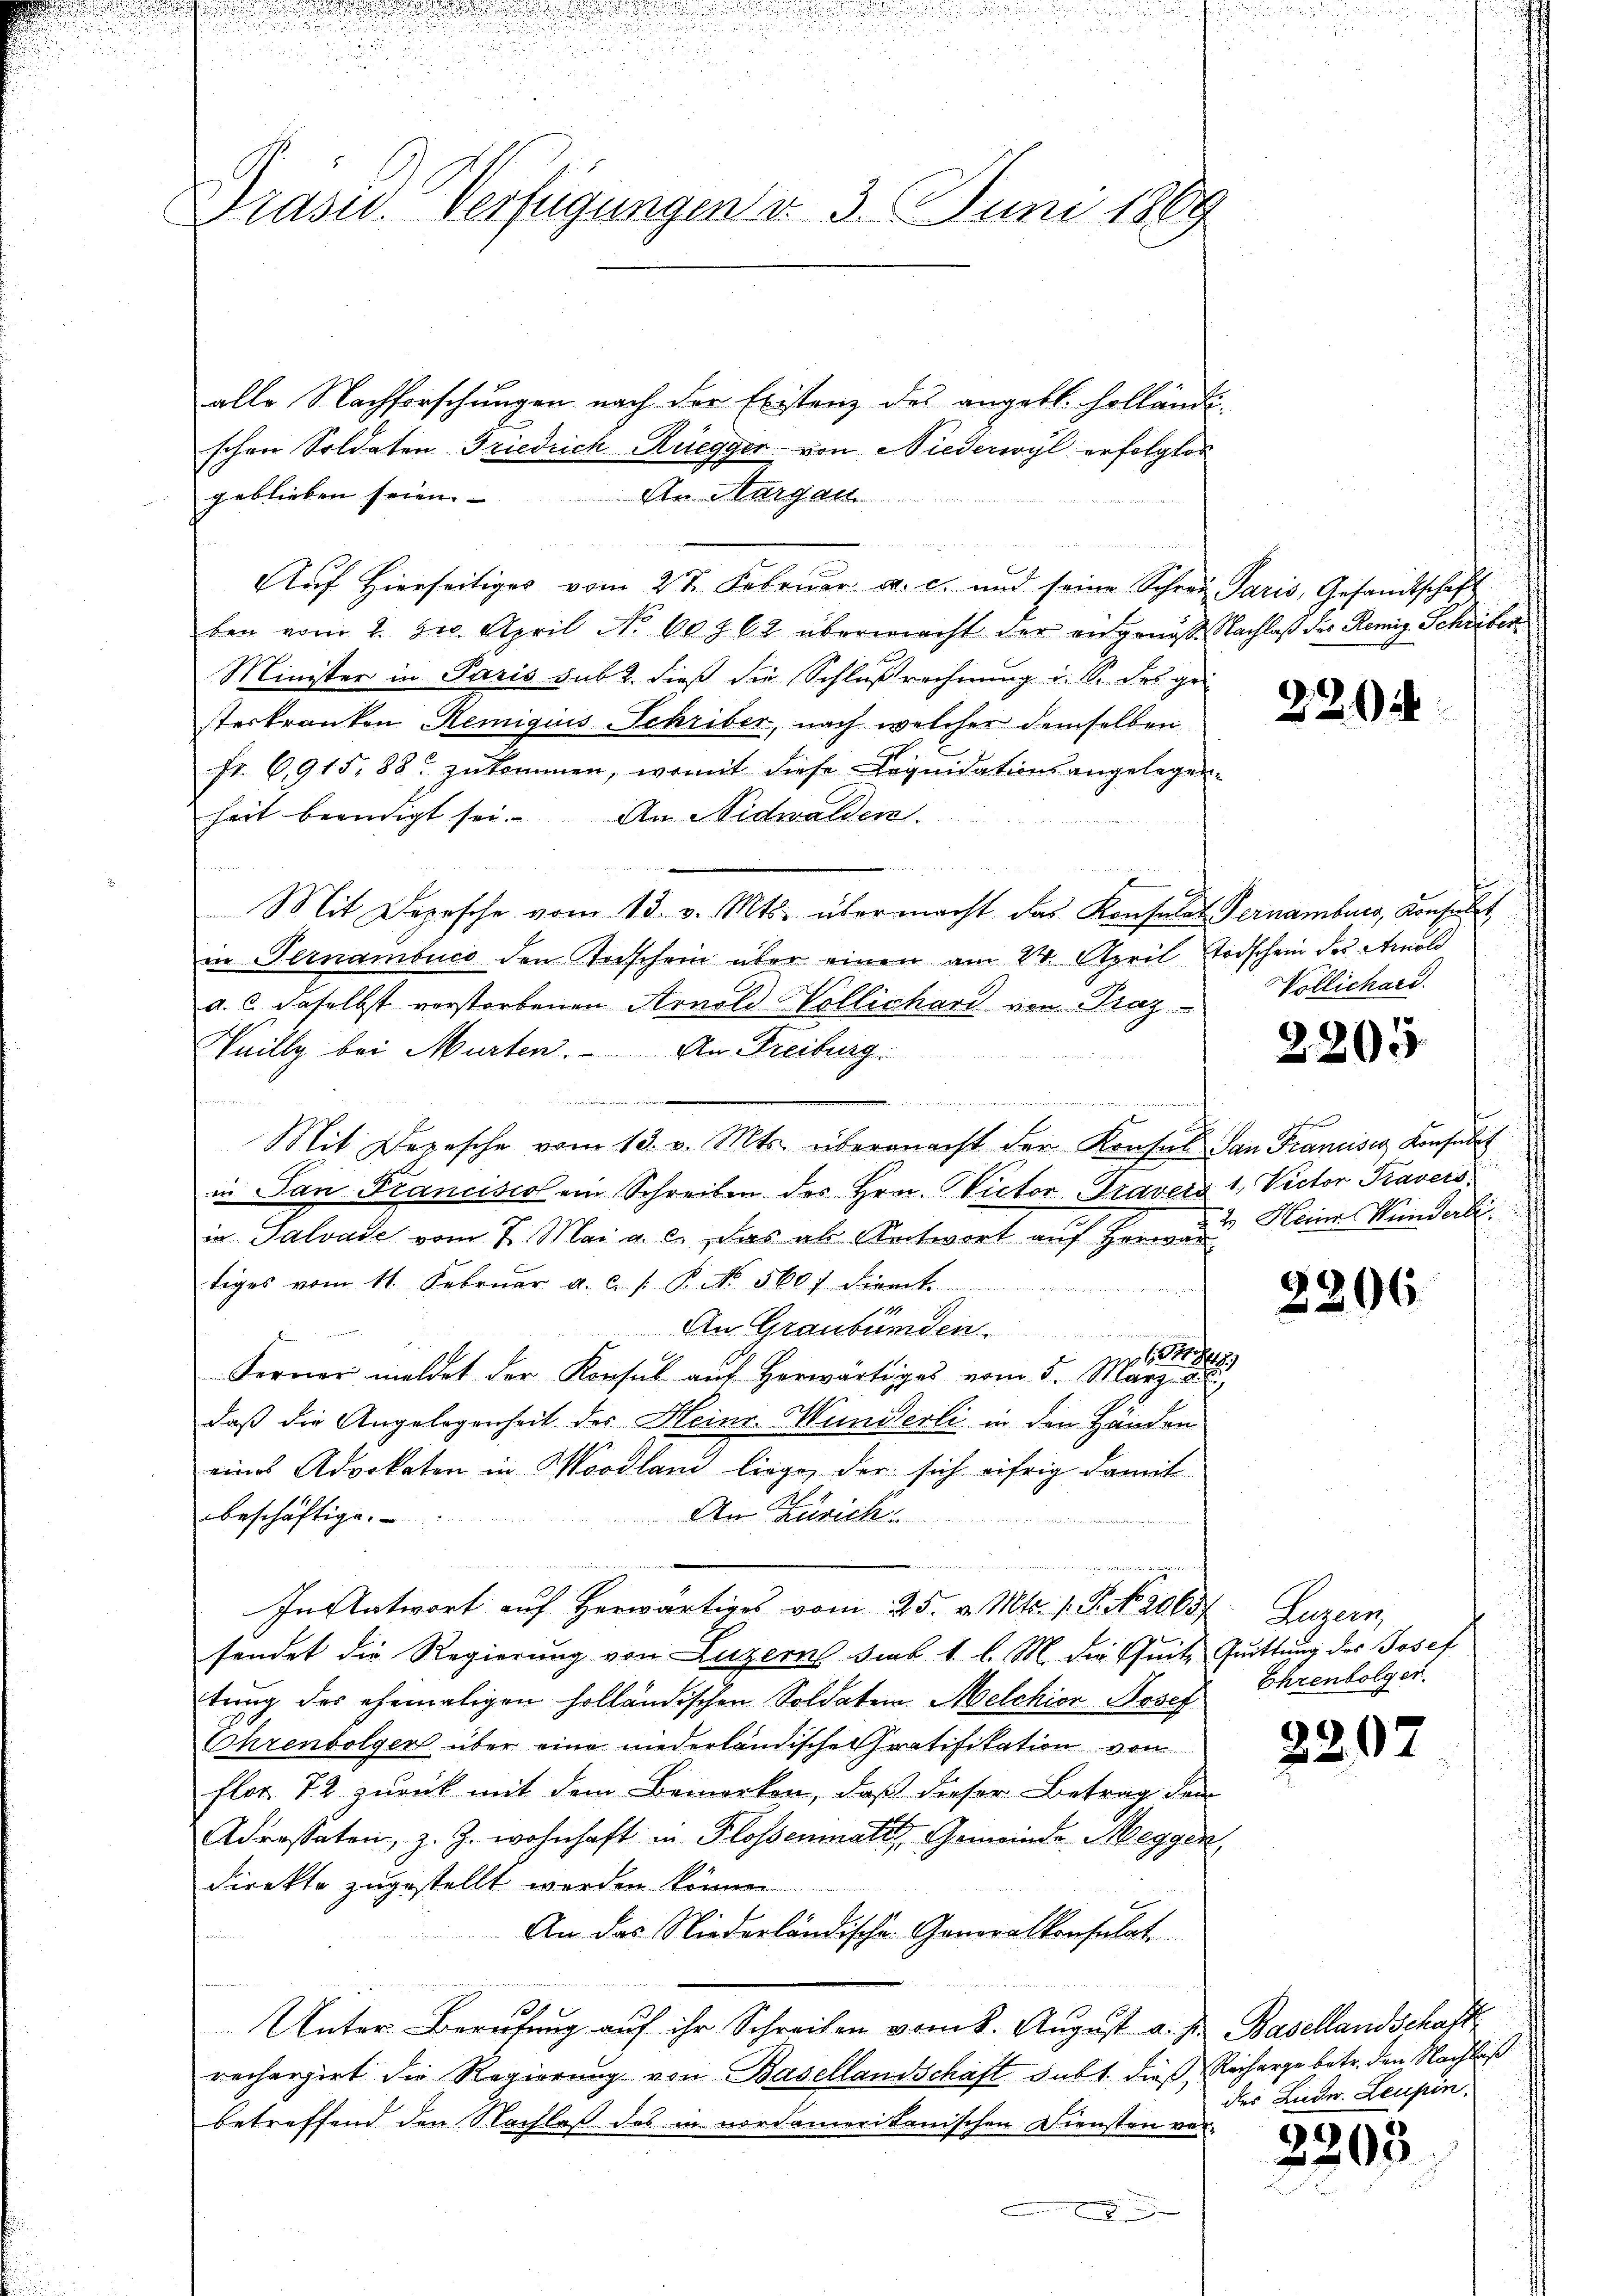
5
i

Präsid. Verfügungen d. 3. Juni 1889

alle Nachforschungen nach der Existenz des angebl. holländi-
schen Soldaten Friedrich Rüegger von Niederwyl erfolgtes
geblieben seien.
Arurg al
Auf Hierseitiges vom 27. Februar a. c. und seine Schrei Paris, Gesandtschaft
ben vom 2. 3. April No 60962 übermacht der eingenosse Nachlaß des Remig. Schriber¬
Minister in Paris sub 2. dieß die Schlußrechnung u. So des gei
sterkranken Remigius Schriber, nach welcher demselben
Fr. 6915, 88 zukommen, womit diese Liquidationsangelegen
heit beendigt sei. An Nidwalden.
B
Mit Depesche vom 13. v. Mts. übermacht das Konsulats Vernamburg, Konsult
in Fernambuco den Todschein über einen am 24. April Todschein des Arnold
a. c. daselbst verstorbenen Arnold Vollichard von Praz
Veilly bei Murten. An Freiburg.
Mite
Mit Depesche vom 13. v. Mts. übernacht der Konsul San Franciser Konsult
in San Francisco ein Schreiben des Hrn. Victor Travers 1. Victor Travers
in Salvase vom 7. Mai a. c. das als Antwort auf Herwar
tiges vom 11. Februar a. c. s. B. No. 560 dient.
met wer
An Graubünden
 6
Ferner meldet der Konsul aŭf herwärtiges vom 5. März a
daß die Angelegenheit des Heinr. Wunderli in den Händen
eines Adorketen in Woodland liege, der sich eifrig damit
beschäftige.
An Zürich
.
In Antwort auf herwärtiges vom 25. v. Mts. 1. P. No 9065
sendet die Regierung von Luzern sub 1 l. M. die Quit
tung des ehemaligen holländischen Soldaten Melchior Josef
Ehrenbolgen über eine niederländische ratifikation von
flor 12 zurück mit dem Bemerken, daß dieser Betrag der
Adressaten, z. Z. wohnhaft in Flossenmatt, Gemeinde Meggen
direkte zugestellt werden können.
An das Niederländische Generalkonsulat
x
Unter Berufung auf ihr Schreiben vom 8. August a. s.
rechargirt die Regierung von Basellandschaft sub 1. dieß Recharge betr. den Nachlaß
betreffend den Nachlaß des in nordamerikanischen Diensten ver-

29)

220

t
Völlichard.

2205

¬
2. Heiner Wunderli

2206.

Legern
Quittung des Josef
Ehrenbolger.

3207

Basellandschaft
des Lude. Leupin.

2203